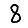
Digit: 8